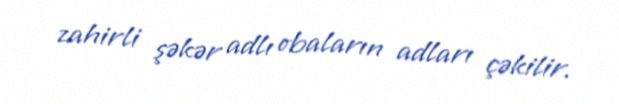
zahirli şəkər adlı obaların adları çəkilir.